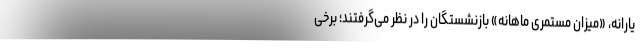
یارانه، «میزان مستمری ماهانه» بازنشستگان را در نظر می‌گرفتند؛ برخی